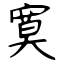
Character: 寞